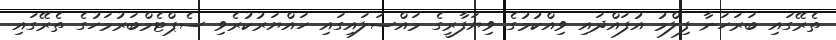
ތެރޭގައި ބަރަހަނާ ފިލްމު އުފައްދައި ވިއްކުމުގެ ވިޔަފާރީގެ މައްސަލައިގައި ހައްޔަރުކުރެވި ސެޕްޓެމްބަރުމަހުގެ ތެރޭގައި